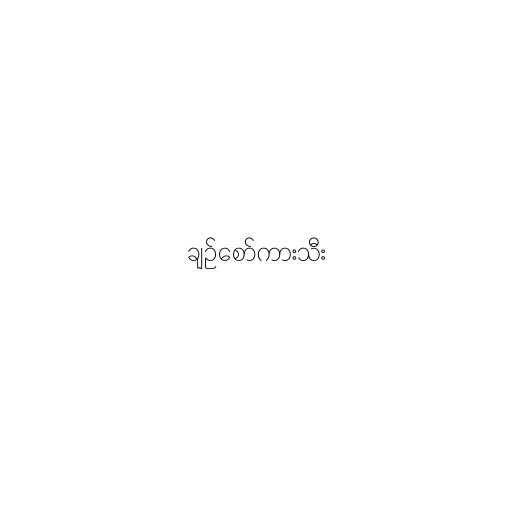
ချဥ်စော်ကားသီး